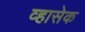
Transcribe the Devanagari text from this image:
व्हासेक